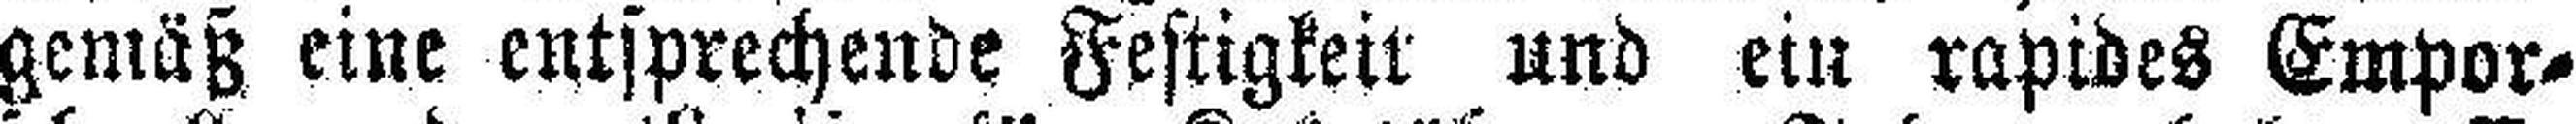
gemäß eine entsprechende Festigkeit und ein rapides Empor¬